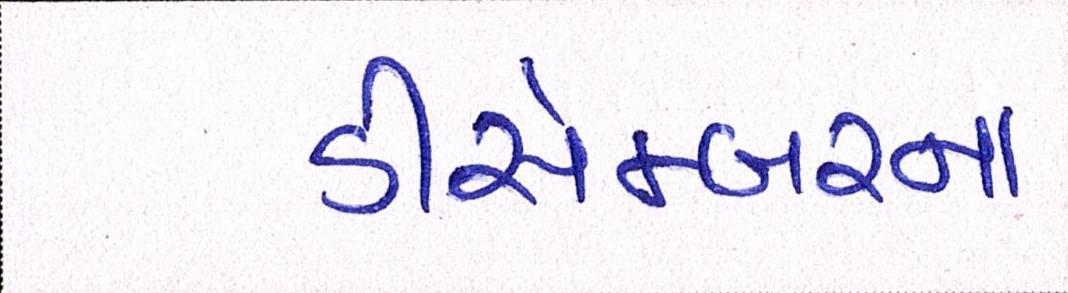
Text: ડીસેમ્બરના